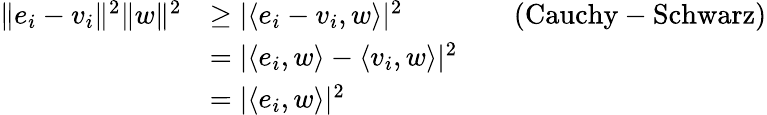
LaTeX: \begin{array}{rlrl}{\| e_{i}-v_{i}\| ^{2}\| w\| ^{2}}&{\ge|\langle e_{i}-v_{i},w\rangle|^{2}}&&{(\mathrm{Cauchy-Schwarz})}\\ &{=|\langle e_{i},w\rangle-\langle v_{i},w\rangle|^{2}}\\ &{=|\langle e_{i},w\rangle|^{2}}\end{array}